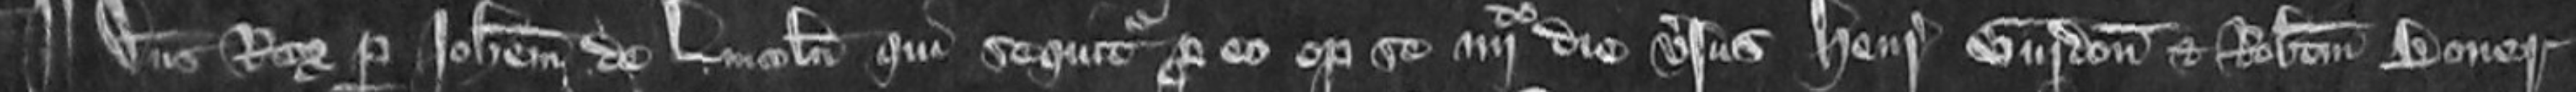
¶ Dominus Rex per Johannem de Lincoln qui sequitur pro eo optulit se quarto die versus Henricum Gurdon et Robertum Boner